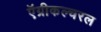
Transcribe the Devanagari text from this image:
ऍग्रीकल्चरल